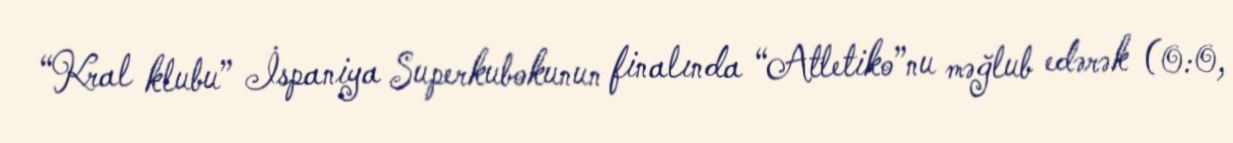
“Kral klubu” İspaniya Superkubokunun finalında “Atletiko”nu məğlub edərək (0:0,